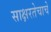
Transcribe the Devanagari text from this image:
साक्षरतेचाचे